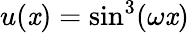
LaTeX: u(\mathit{x})=\mathrm{{sin}}^{3}(\omega\mathit{x})